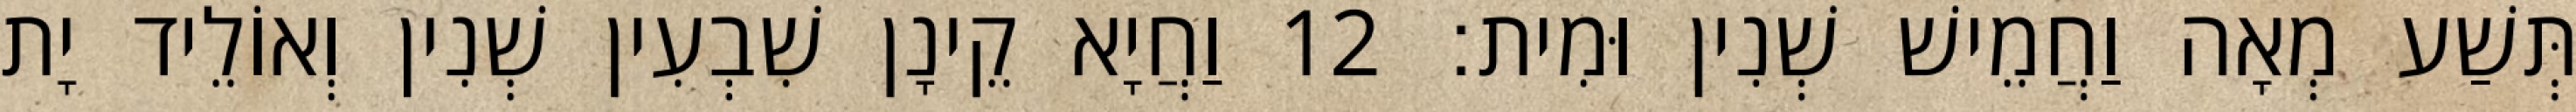
תְּשַׁע מְאָה וַחֲמֵישׁ שְׁנִין וּמִית׃ 12 וַחֲיָא קֵינָן שִׁבְעִין שְׁנִין וְאוֹלֵיד יָת